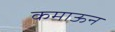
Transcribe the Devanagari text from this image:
कमाऊन